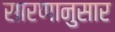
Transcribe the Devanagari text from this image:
सारणानुसार